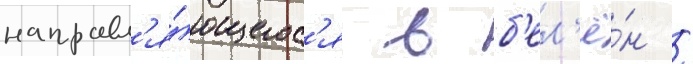
направл'я́ющегос'я в б'ел'ё́н /